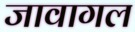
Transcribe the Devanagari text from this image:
जावागल